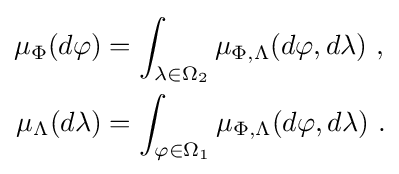
{\begin{aligned}\mu _{\Phi }(d\varphi )&=\int _{\lambda \in \Omega _{2}}\mu _{\Phi ,\Lambda }(d\varphi ,d\lambda )\ ,\\\mu _{\Lambda }(d\lambda )&=\int _{\varphi \in \Omega _{1}}\mu _{\Phi ,\Lambda }(d\varphi ,d\lambda )\ .\end{aligned}}